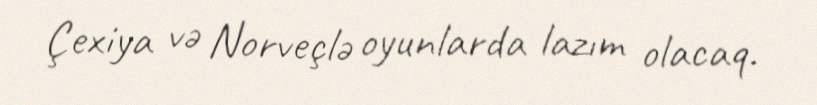
Çexiya və Norveçlə oyunlarda lazım olacaq.